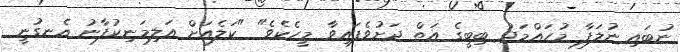
ނުބައި ނުލަފާ މުހައްމަދު ބިބީގެ އަތް ދަށުވެފައިވާ މީހެކެވެ" "ކަލެއަށް އަލިމަނިކުފާނު އެނގުނީ